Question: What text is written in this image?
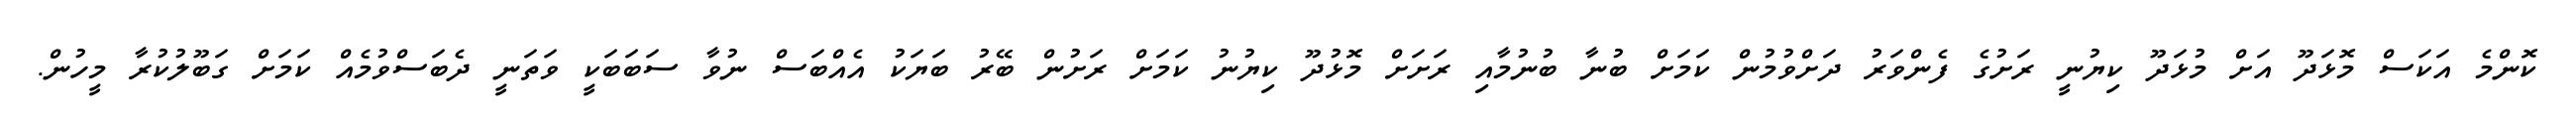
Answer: ކޮންމެ އަކަސް މޮޅަދޫ އަށް މުޅަދޫ ކިޔުނީ ރަށުގެ ފެންވަރު ދަށްވުމުން ކަމަށް ބުނާ ބުނުމާއި ރަށަށް މޮޅުދޫ ކިޔުނު ކަމަށް ރަށުން ބޭރު ބަޔަކު އެއްބަސް ނުވާ ސަބަބަކީ ވަތަނީ ދެބަސްވުމެއް ކަމަށް ގަބޫލުކުރާ މީހުން.